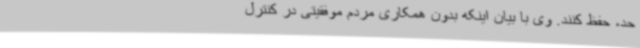
حد، حفظ کنند. وی با بیان اینکه بدون همکاری مردم موفقیتی در کنترل